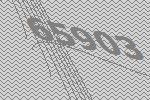
65903